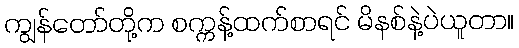
ကျွန်တော်တို့က စက္ကန့်ထက်စာရင် မိနစ်နဲ့ပဲယူတာ။